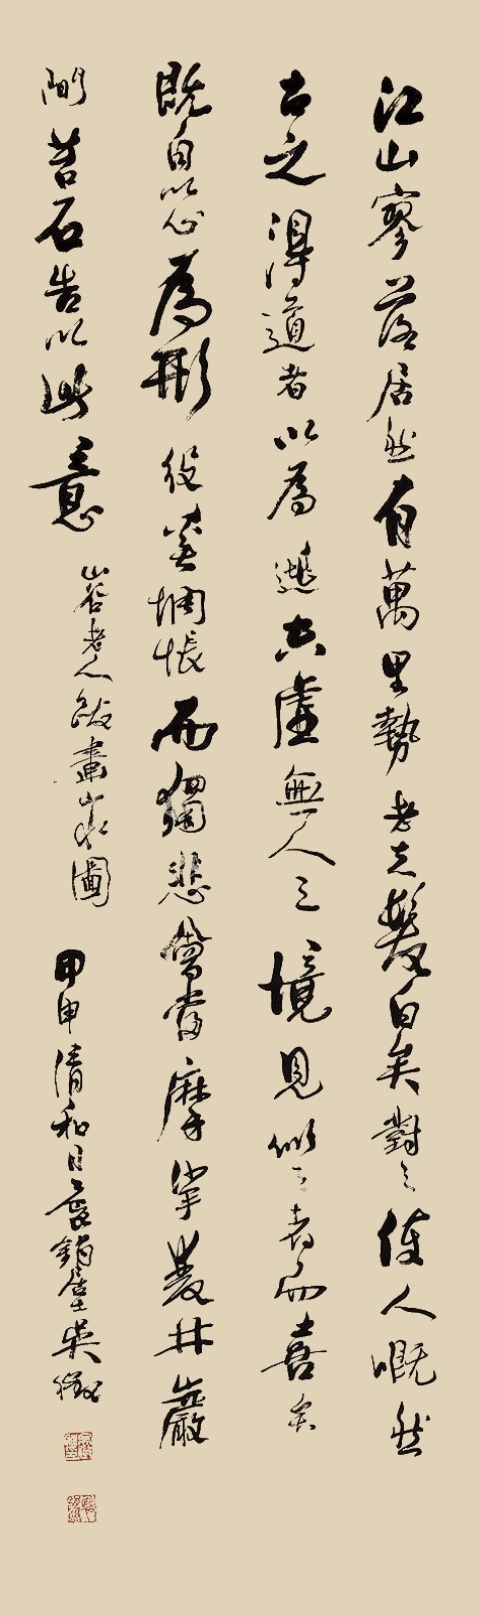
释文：江山寥落，居然有万里势；老夫发白矣，对之使人慨然。古之得道者以为逃空虚无人之境，见似之者而喜矣。既自以心为形役，奚惆怅而独悲。会当摩挲双井岩间，苔石告以此意。山谷老人跋画山水图。甲申清和月，抱𫓶居士吴征。